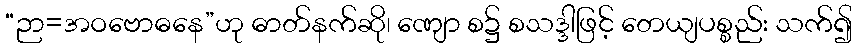
“ဉာ=အဝဗောဓနေ”ဟု ဓာတ်နက်ဆို၊ ဏျော စ၌ စသဒ္ဒါဖြင့် တေယျပစ္စည်း သက်၍